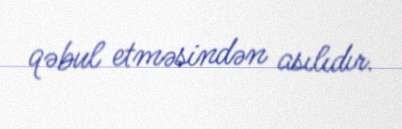
qəbul etməsindən asılıdır.